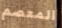
المعصم